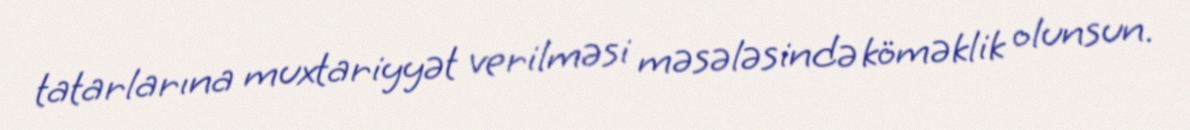
tatarlarına muxtariyyət verilməsi məsələsində köməklik olunsun.